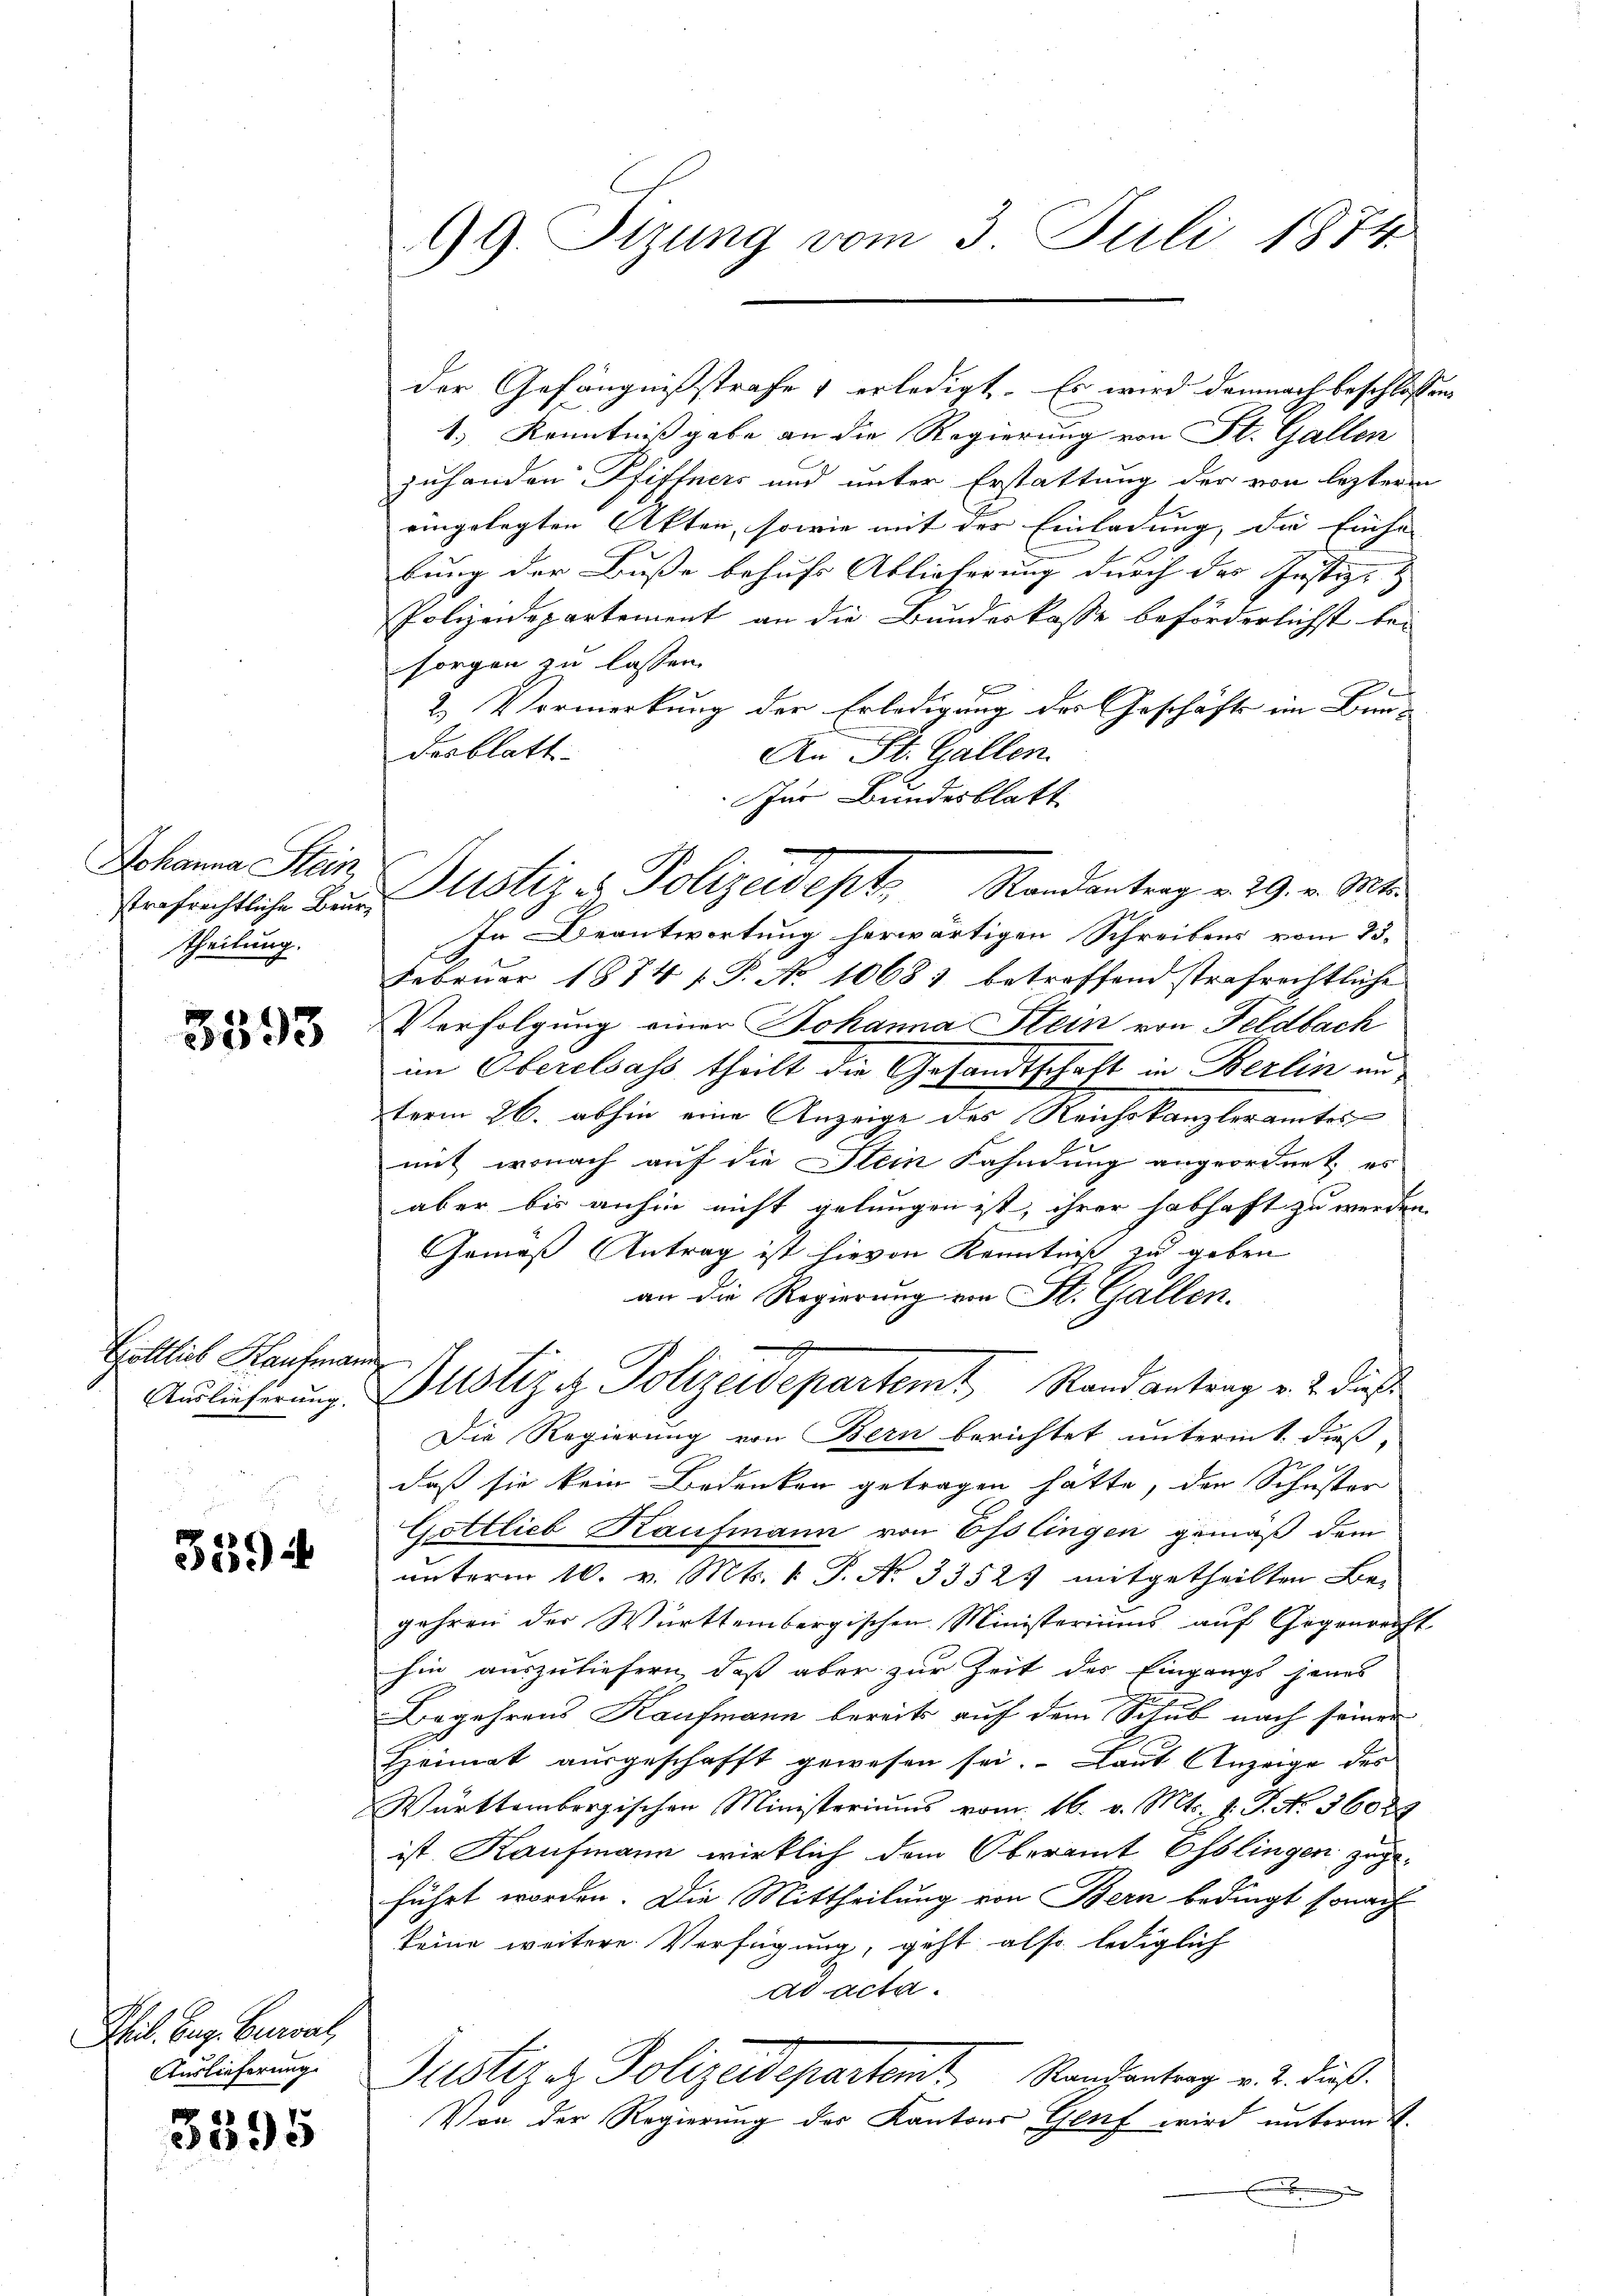
Johanna Stein
Strafrechtliche Beurtheilung.

3593

Höttlich Hausmar
Auslieferung.

339 u

Thil. Aug. Burrat,
Auslieferung.

3395

99. Sizung vom 3. Juli 1874.

der Gefängnißstrafe erledigt. Es wird demnach beschlossen
1) Kenntnißgabe an die Regierung von St. Gallen
zuhanden Pfiftners und unter Erstattung der von lezteren
eingelegten Akten, sowie mit der Einladung, die Einsa
bung der Busse behufs Ablieferung durch das Justiz- &
Polizeidepartement an die Bundeskasse beförderlichst bei
sorgen zu lassen.
2.) Vormerkung der Erledigung der Geschäft im Bunderblatt
An St. Gallen.
Zur Bundesblatt
In Beantwortung herwärtigen Schreibens vom 23.
Februar 1874 f. P. No 10681 betreffend strafrechtliche
Verfolgung einer Johanna Stein von Feldbach
im Oberelsass, theilt die Gesandtschaft in Berlin an
term 26. abhin eine Anzeige des Reichskanzleramtes
mit, wonach auf die Stein Fahndung angeordnet, es
aber bis anhin nicht gelungen ist, ihrer habhaft zu werden.
Gemäß Antrag ist hievon Kenntniß zu geben
an die Regierung von St. Gallen.
c
Justiziz. Polizeidepartemt, Randantrag u. 2. dieß
Die Regierung von Bern berichtet unterm 1. dieß,
dass sie kein Bedenken getragen hätte, den Schuster
Gottlieb Kaufmann von Esslingen gemäß dem
unterm 10. v. Mts. k. P. No 3352 mitgetheilten Be-
gehren der Württembergischen Ministeriums auf Gegenrecht
hin auszuliefern, daß aber zur Zeit der Eingangs jenes
Begehrens Kaufmann bereits auf dem Schub nach seiner
Heimat ausgeschafft gewesen sei. Laut Anzeige des
Württembergischen Ministeriums vom 16. v. Mts. 1. P. No. 36024
ist Kaufmann wirklich dem Oberamt Osslingen zugeführt worden. Die Mittheilung von Bern bedingt sonach
keine weitere Verfügung, geht also lediglich
ad acta.
Zuster es Polizeidepartent Randanterg v. 2. dieß.
Von der Regierung des Kantons Genf wird unterm 4.
x

Justiz & Polizeidept. Randantrag v. 29. v. Mts.